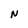
Character: N